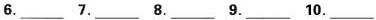
6___ 7.___ 8.___ 9.___ 10. ___